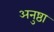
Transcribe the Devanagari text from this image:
अनुष्ठा